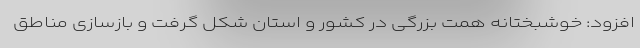
افزود: خوشبختانه همت بزرگی در کشور و استان شکل گرفت و بازسازی مناطق